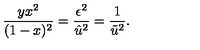
\frac { y x ^ { 2 } } { ( 1 - x ) ^ { 2 } } = \frac { \epsilon ^ { 2 } } { \hat { u } ^ { 2 } } = \frac { 1 } { \tilde { u } ^ { 2 } } .